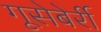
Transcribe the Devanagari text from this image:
गूसेबेर्री